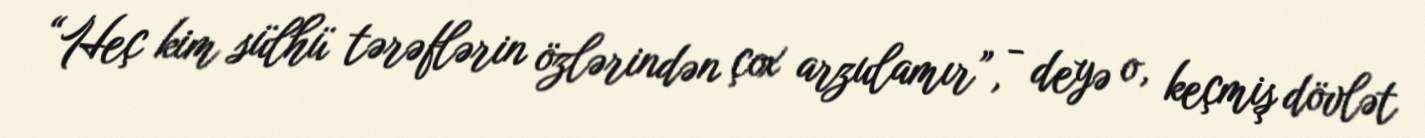
“Heç kim sülhü tərəflərin özlərindən çox arzulamır”, - deyə o, keçmiş dövlət